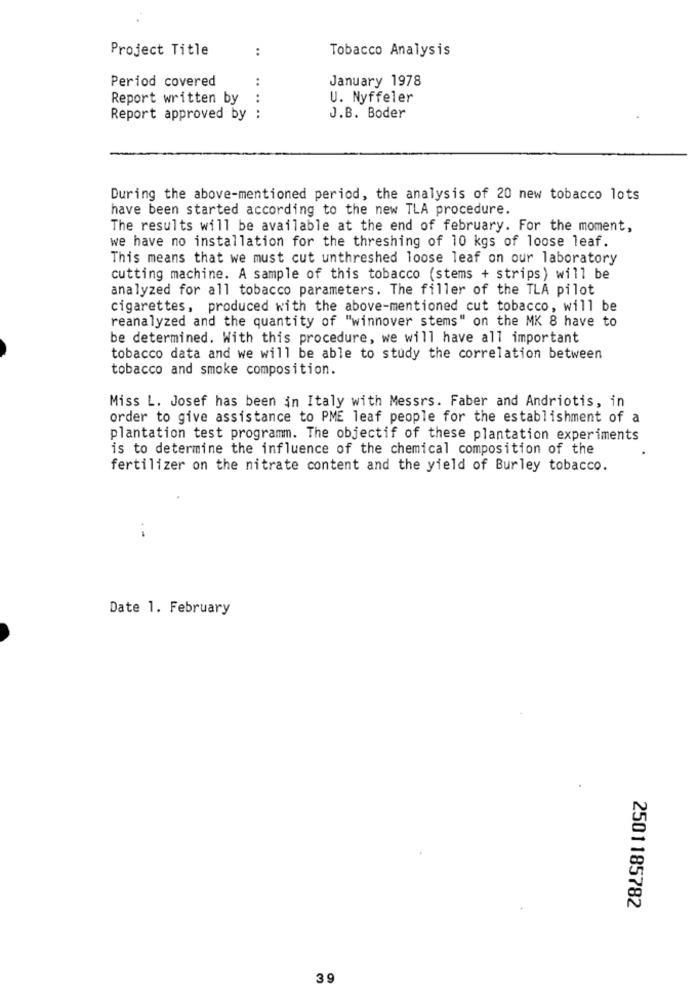
Project Title
:
Tobacco Analysis
Period covered
January 1978
Report written by
U. Nyffeler
.. .. ..
Report approved by :
J.B. Boder
During the above-mentioned period, the analysis of 20 new tobacco lots
have been started according to the new TLA procedure.
The results will be available at the end of february. For the moment,
we have no installation for the threshing of 10 kgs of loose leaf.
This means that we must cut unthreshed loose leaf on our laboratory
cutting machine. A sample of this tobacco (stems + strips) will be
analyzed for all tobacco parameters. The filler of the TLA pilot
cigarettes, produced with the above-mentioned cut tobacco, will be
reanalyzed and the quantity of "winnover stems" on the MK 8 have to
be determined. With this procedure, we will have all important
tobacco data and we will be able to study the correlation between
tobacco and smoke composition.
Miss L. Josef has been in Italy with Messrs. Faber and Andriotis, in
order to give assistance to PME leaf people for the establishment of a
plantation test programm. The objectif of these plantation experiments
is to determine the influence of the chemical composition of the
fertilizer on the nitrate content and the yield of Burley tobacco.
Date 1. February
2501185782
39